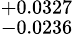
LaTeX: ^{+0.0327}_{-0.0236}